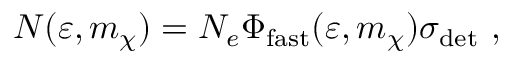
N ( \varepsilon , m _ { \chi } ) = N _ { e } \Phi _ { \mathrm { f a s t } } ( \varepsilon , m _ { \chi } ) \sigma _ { \mathrm { d e t } } ~ ,